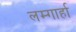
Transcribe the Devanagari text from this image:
लम्गार्हा